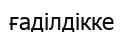
ғаділдікке